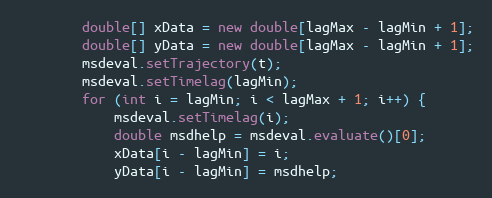
Language: Java
		double[] xData = new double[lagMax - lagMin + 1];
		double[] yData = new double[lagMax - lagMin + 1];
		msdeval.setTrajectory(t);
		msdeval.setTimelag(lagMin);
		for (int i = lagMin; i < lagMax + 1; i++) {
			msdeval.setTimelag(i);
			double msdhelp = msdeval.evaluate()[0];
			xData[i - lagMin] = i;
			yData[i - lagMin] = msdhelp;